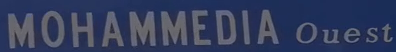
MOHAMMEDIA Ouest